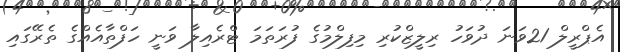
އެޕްރީލް 21ވަނަ ދުވަހު ރިލީޒްކުރި މިފިލްމުގެ ފުރަތަމަ ޓްރެއިލާ ވަނީ ހަފްތާއެއްގެ ތެރޭގައި